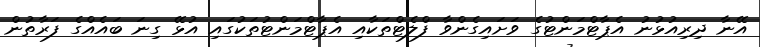
އޭނާ ދިރިއުޅުނު އެޕާޓްމަންޓުގެ ވަށައިގެންވާ ފްލެޓްތަކާއި އެޕާޓްމަންޓުތަކުގައި އުޅޭ ގިނަ ބައެއްގެ ފަރާތުން